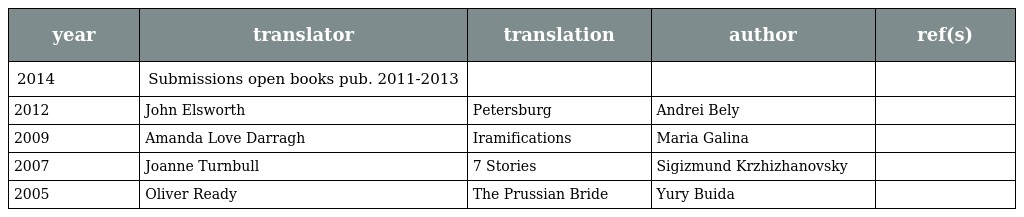
| year | translator | translation | author | ref(s) |
 | --- | --- | --- | --- | --- |
 | 2014 | Submissions open books pub. 2011-2013 |  |  |  |
 | 2012 | John Elsworth | Petersburg | Andrei Bely |  |
 | 2009 | Amanda Love Darragh | Iramifications | Maria Galina |  |
 | 2007 | Joanne Turnbull | 7 Stories | Sigizmund Krzhizhanovsky |  |
 | 2005 | Oliver Ready | The Prussian Bride | Yury Buida |  |